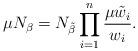
LaTeX: \begin{align*}\mu N_{\beta} = N_{\tilde\beta}\prod_{i=1}^n {\mu \tilde w_i\over w_i}.\end{align*}